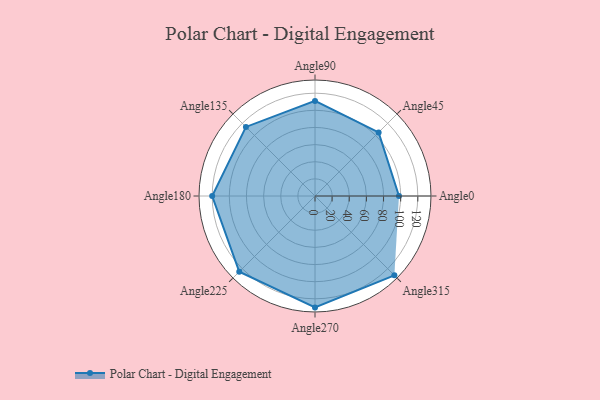
{"axis": {"x": "Angle", "y": "Radius"}, "legend": [""], "data": [{"x": "Angle0", "y": 98.0, "type": ""}, {"x": "Angle45", "y": 105.0, "type": ""}, {"x": "Angle90", "y": 111.0, "type": ""}, {"x": "Angle135", "y": 114.0, "type": ""}, {"x": "Angle180", "y": 120.0, "type": ""}, {"x": "Angle225", "y": 125.0, "type": ""}, {"x": "Angle270", "y": 130.0, "type": ""}, {"x": "Angle315", "y": 131.0, "type": ""}]}